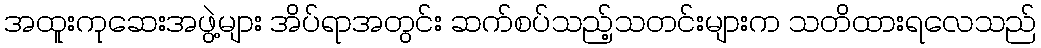
အထူးကုဆေးအဖွဲ့များ အိပ်ရာအတွင်း ဆက်စပ်သည့်သတင်းများက သတိထားရလေသည်